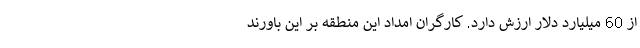
از 60 میلیارد دلار ارزش دارد. کارگران امداد این منطقه بر این باورند